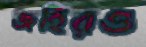
জহিরও